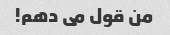
من قول می دهم!